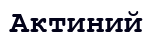
Актиний